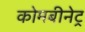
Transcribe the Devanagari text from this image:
कोमबीनेट्र